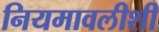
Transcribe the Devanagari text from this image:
नियमावलीशी